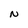
Character: N